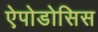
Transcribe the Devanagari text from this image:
ऐपोडोसिस